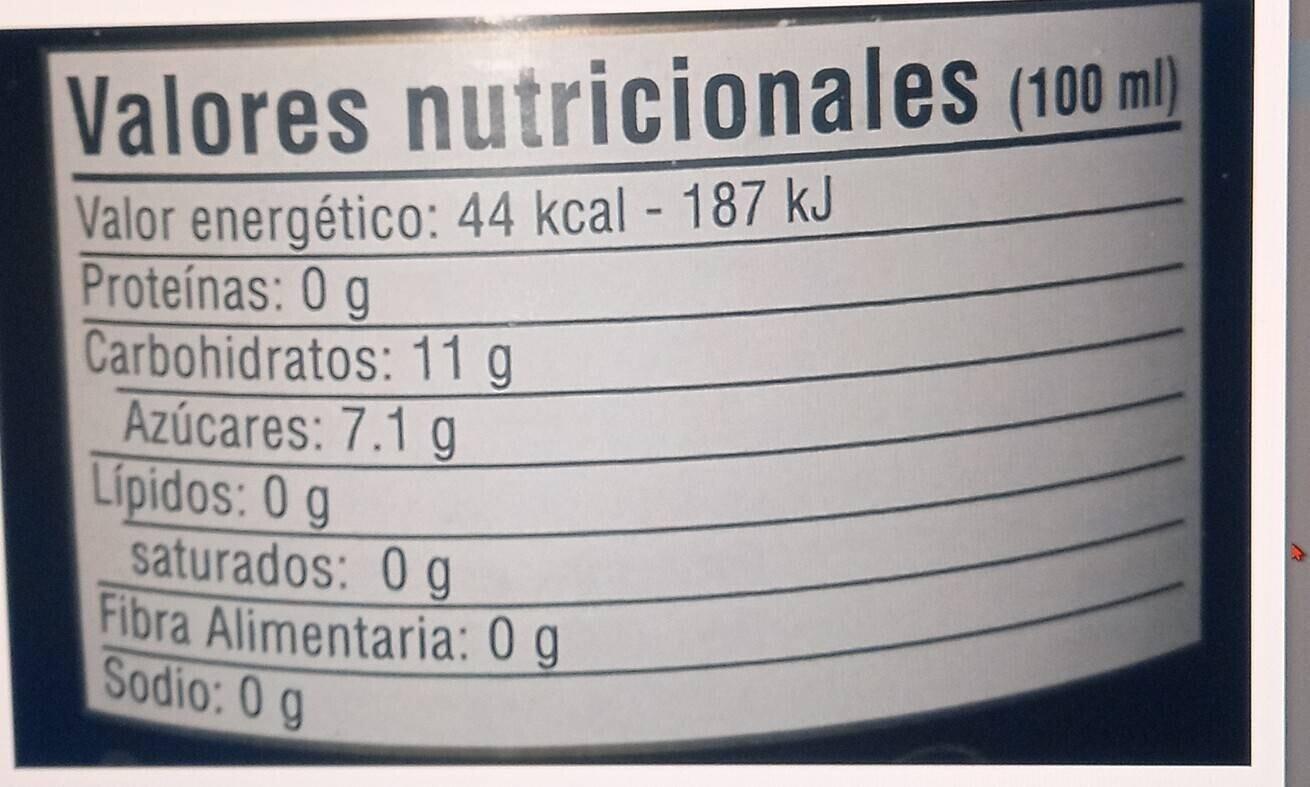
Valores nutricionales (100 ml)
Valor energético: 44 kcal - 187 kJ
Proteínas: 0 g
Carbohidratos: 11 g
Azúcares: 7.1 g
Lípidos: 0 g
saturados: 0 g Fibra Alimentaria: 0 g
Sodio: O g